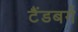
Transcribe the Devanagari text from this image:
टैंडबर्ग